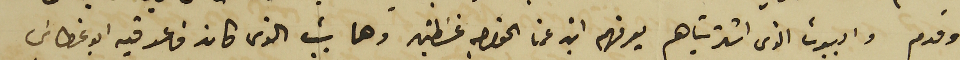
وقدم والبيوت الذى اشتريناهم يعرفهم ابن عمنا الخواجه غسَطين وهما بيت الذى كان قاعد فيه ابو غطاسَ